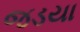
જડયા